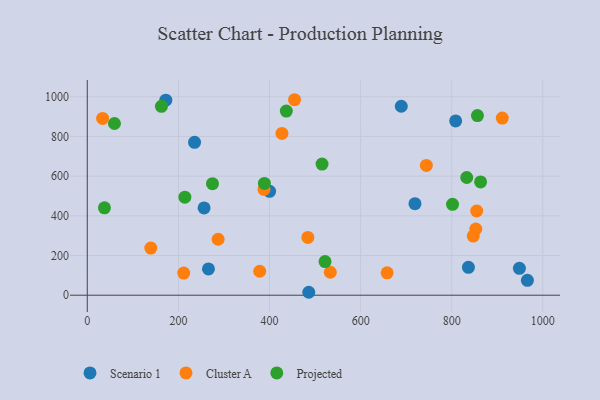
{"axis": {"x": "Ad Spend", "y": "Demand"}, "legend": ["Cluster A", "Projected", "Scenario 1"], "data": [{"x": "266.0", "y": 132.4, "type": "Scenario 1"}, {"x": "719.3", "y": 461.4, "type": "Scenario 1"}, {"x": "966.0", "y": 75.1, "type": "Scenario 1"}, {"x": "689.2", "y": 952.0, "type": "Scenario 1"}, {"x": "256.4", "y": 439.7, "type": "Scenario 1"}, {"x": "235.5", "y": 770.2, "type": "Scenario 1"}, {"x": "808.6", "y": 878.2, "type": "Scenario 1"}, {"x": "948.5", "y": 135.4, "type": "Scenario 1"}, {"x": "172.4", "y": 982.9, "type": "Scenario 1"}, {"x": "836.6", "y": 140.6, "type": "Scenario 1"}, {"x": "486.2", "y": 14.8, "type": "Scenario 1"}, {"x": "400.2", "y": 523.6, "type": "Scenario 1"}, {"x": "744.3", "y": 654.1, "type": "Cluster A"}, {"x": "658.2", "y": 112.7, "type": "Cluster A"}, {"x": "211.7", "y": 111.7, "type": "Cluster A"}, {"x": "287.2", "y": 282.1, "type": "Cluster A"}, {"x": "847.2", "y": 298.0, "type": "Cluster A"}, {"x": "33.7", "y": 891.0, "type": "Cluster A"}, {"x": "533.4", "y": 115.6, "type": "Cluster A"}, {"x": "854.8", "y": 424.2, "type": "Cluster A"}, {"x": "139.5", "y": 237.6, "type": "Cluster A"}, {"x": "852.8", "y": 333.6, "type": "Cluster A"}, {"x": "387.9", "y": 533.3, "type": "Cluster A"}, {"x": "427.3", "y": 815.4, "type": "Cluster A"}, {"x": "378.5", "y": 120.7, "type": "Cluster A"}, {"x": "454.9", "y": 985.0, "type": "Cluster A"}, {"x": "910.9", "y": 892.6, "type": "Cluster A"}, {"x": "484.2", "y": 291.0, "type": "Cluster A"}, {"x": "856.4", "y": 904.9, "type": "Projected"}, {"x": "863.3", "y": 570.6, "type": "Projected"}, {"x": "214.2", "y": 493.9, "type": "Projected"}, {"x": "388.8", "y": 563.2, "type": "Projected"}, {"x": "801.7", "y": 458.0, "type": "Projected"}, {"x": "436.9", "y": 928.0, "type": "Projected"}, {"x": "521.9", "y": 169.7, "type": "Projected"}, {"x": "37.7", "y": 440.3, "type": "Projected"}, {"x": "162.8", "y": 951.6, "type": "Projected"}, {"x": "59.7", "y": 865.2, "type": "Projected"}, {"x": "832.9", "y": 593.2, "type": "Projected"}, {"x": "515.3", "y": 660.7, "type": "Projected"}, {"x": "274.8", "y": 562.0, "type": "Projected"}]}